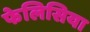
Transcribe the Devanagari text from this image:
फेलिसिया